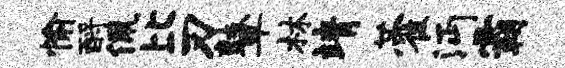
愉酹佩比刃鼙林靖藿沔霸